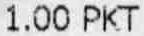
1.00 PKT